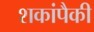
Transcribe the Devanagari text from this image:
शकांपैकी